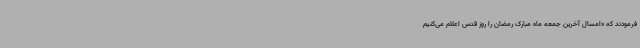
فرمودند که «امسال آخرین جمعه ماه مبارک رمضان را روز قدس اعلام می‌کنیم